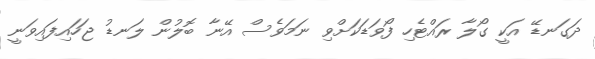
ދަގަނޑޭ އަކީ ގޯލާ ރައްޓެހި ފޯވަޑަކަށްވި ނަމަވެސް އޭނާ ބޮލުން ލަނޑު ޖަހައިފައިވަނީ